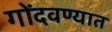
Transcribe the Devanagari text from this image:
गोंदवण्यात